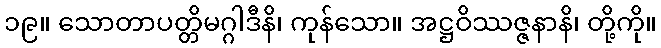
၁၉။ သောတာပတ္တိမဂ္ဂါဒီနိ၊ ကုန်သော။ အဋ္ဌဝိဿဇ္ဇနာနိ၊ တို့ကို။